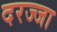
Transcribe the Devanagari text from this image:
दरज्जा